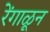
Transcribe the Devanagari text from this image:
रेंगाळून